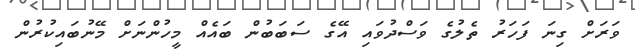
ވަރަށް ގިނަ ފަހަރު ތެލުގެ ވަސްދުވައި އޭގެ ސަބަބުން ބައެއް މީހުންނަށް މޭނުބައިކުރުން